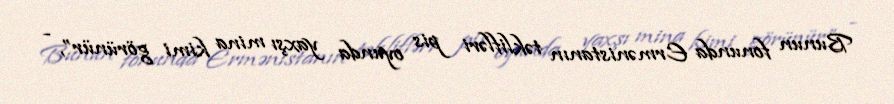
Bunun fonunda Ermənistanın təklifləri pis oyunda yaxşı mina kimi görünür”, -